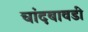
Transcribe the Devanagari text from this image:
चांदबावडी